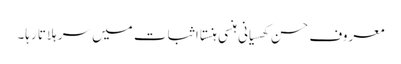
معروف حسن کھسیانی ہنسی ہنستا اثبات میں سر ہلاتا رہا۔